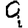
Digit: 9